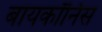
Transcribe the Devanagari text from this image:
बायकॉर्निस